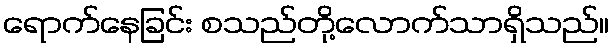
ရောက်နေခြင်း စသည်တို့လောက်သာရှိသည်။